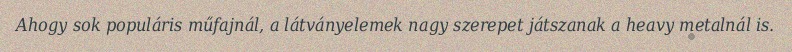
Ahogy sok populáris műfajnál, a látványelemek nagy szerepet játszanak a heavy metalnál is.